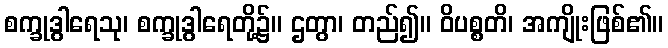
စက္ခုဒွါရေသု၊ စက္ခုဒွါရေတို့၌။ ဌတွာ၊ တည်၍။ ဝိပစ္စတိ၊ အကျိုးဖြစ်၏။